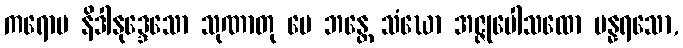
ကရောမ နိဒါနုဒ္ဒေသော သုဏာတု မေ ဘန္တေ သံဃော အဇ္ဇုပေါသထော ပန္နရသော,